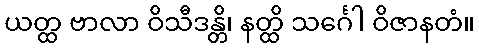
ယတ္ထ ဗာလာ ဝိသီဒန္တိ၊ နတ္ထိ သင်္ဂေါ ဝိဇာနတံ။